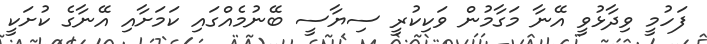
ފަހުމީ ވިދާޅުވީ އޭނާ މަގާމުން ވަކިކުރީ ސިޔާސީ ބޭނުމެއްގައި ކަމަށާއި އޭނާގެ ކުށަކީ